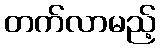
တက်လာမည့်